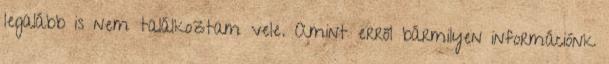
legalább is nem találkoztam vele. Amint erről bármilyen információnk